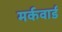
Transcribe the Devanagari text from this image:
मर्कवार्ड